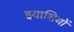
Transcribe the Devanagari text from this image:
इयाशियों